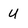
Character: U